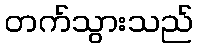
တက်သွားသည်